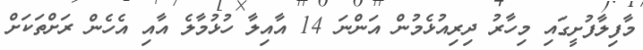
މާފިލާފުށީގައި މިހާރު ދިރިއުޅެމުން އަންނަ 14 އާއިލާ ހުޅުމާލެ އާއި އެހެން ރަށްތަކަށް